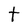
Character: t